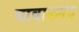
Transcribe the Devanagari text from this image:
गावालगद